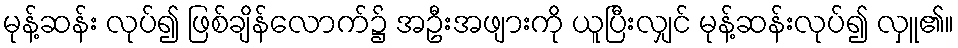
မုန့်ဆန်း လုပ်၍ ဖြစ်ချိန်လောက်၌ အဦးအဖျားကို ယူပြီးလျှင် မုန့်ဆန်းလုပ်၍ လှူ၏။